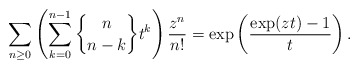
\begin{gather*} \sum_{n \ge 0}\left( \sum_{k=0}^{n-1} {n \brace n-k } t^{k}\right) {z^n \over n!}=\exp\left({\exp(zt)-1 \over t}\right).\end{gather*}